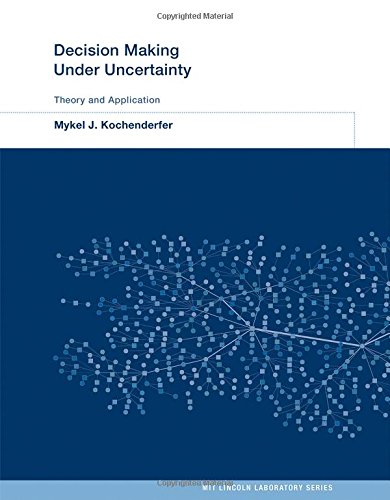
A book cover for Decision Making Under Uncertainty: Theory and Application (MIT Lincoln Laboratory Series); Mykel J. Kochenderfer; Computers & Technology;